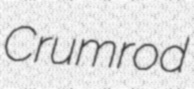
Crumrod